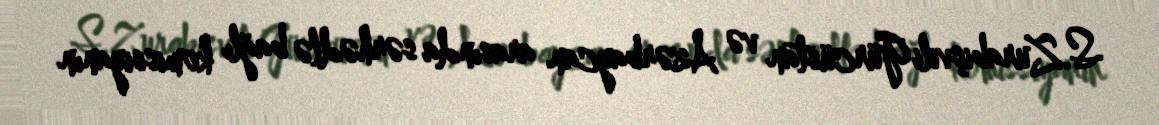
S.Zurabişvili Gürcüstan və Azərbaycan arasında sərhədlə bağlı komissiyanın